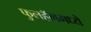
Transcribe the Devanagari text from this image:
फुलहॅममध्ये